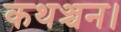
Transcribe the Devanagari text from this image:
कथञ्चन।